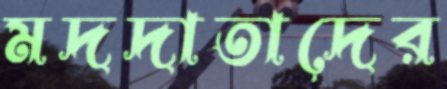
মদদাতাদের